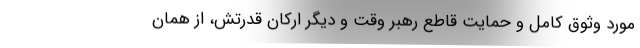
مورد وثوق کامل و حمایت قاطعِ رهبر وقت و دیگر ارکان قدرتش، از همان